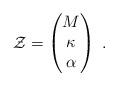
LaTeX: \begin{align*}{\cal Z}= \begin{pmatrix}M\\ \kappa \\ \alpha\end{pmatrix}~.\end{align*}